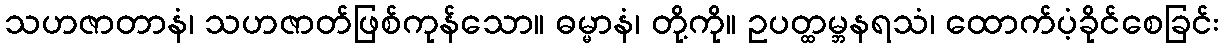
သဟဇာတာနံ၊ သဟဇာတ်ဖြစ်ကုန်သော။ ဓမ္မာနံ၊ တို့ကို။ ဥပတ္ထမ္ဘနရသံ၊ ထောက်ပံ့ခိုင်စေခြင်း